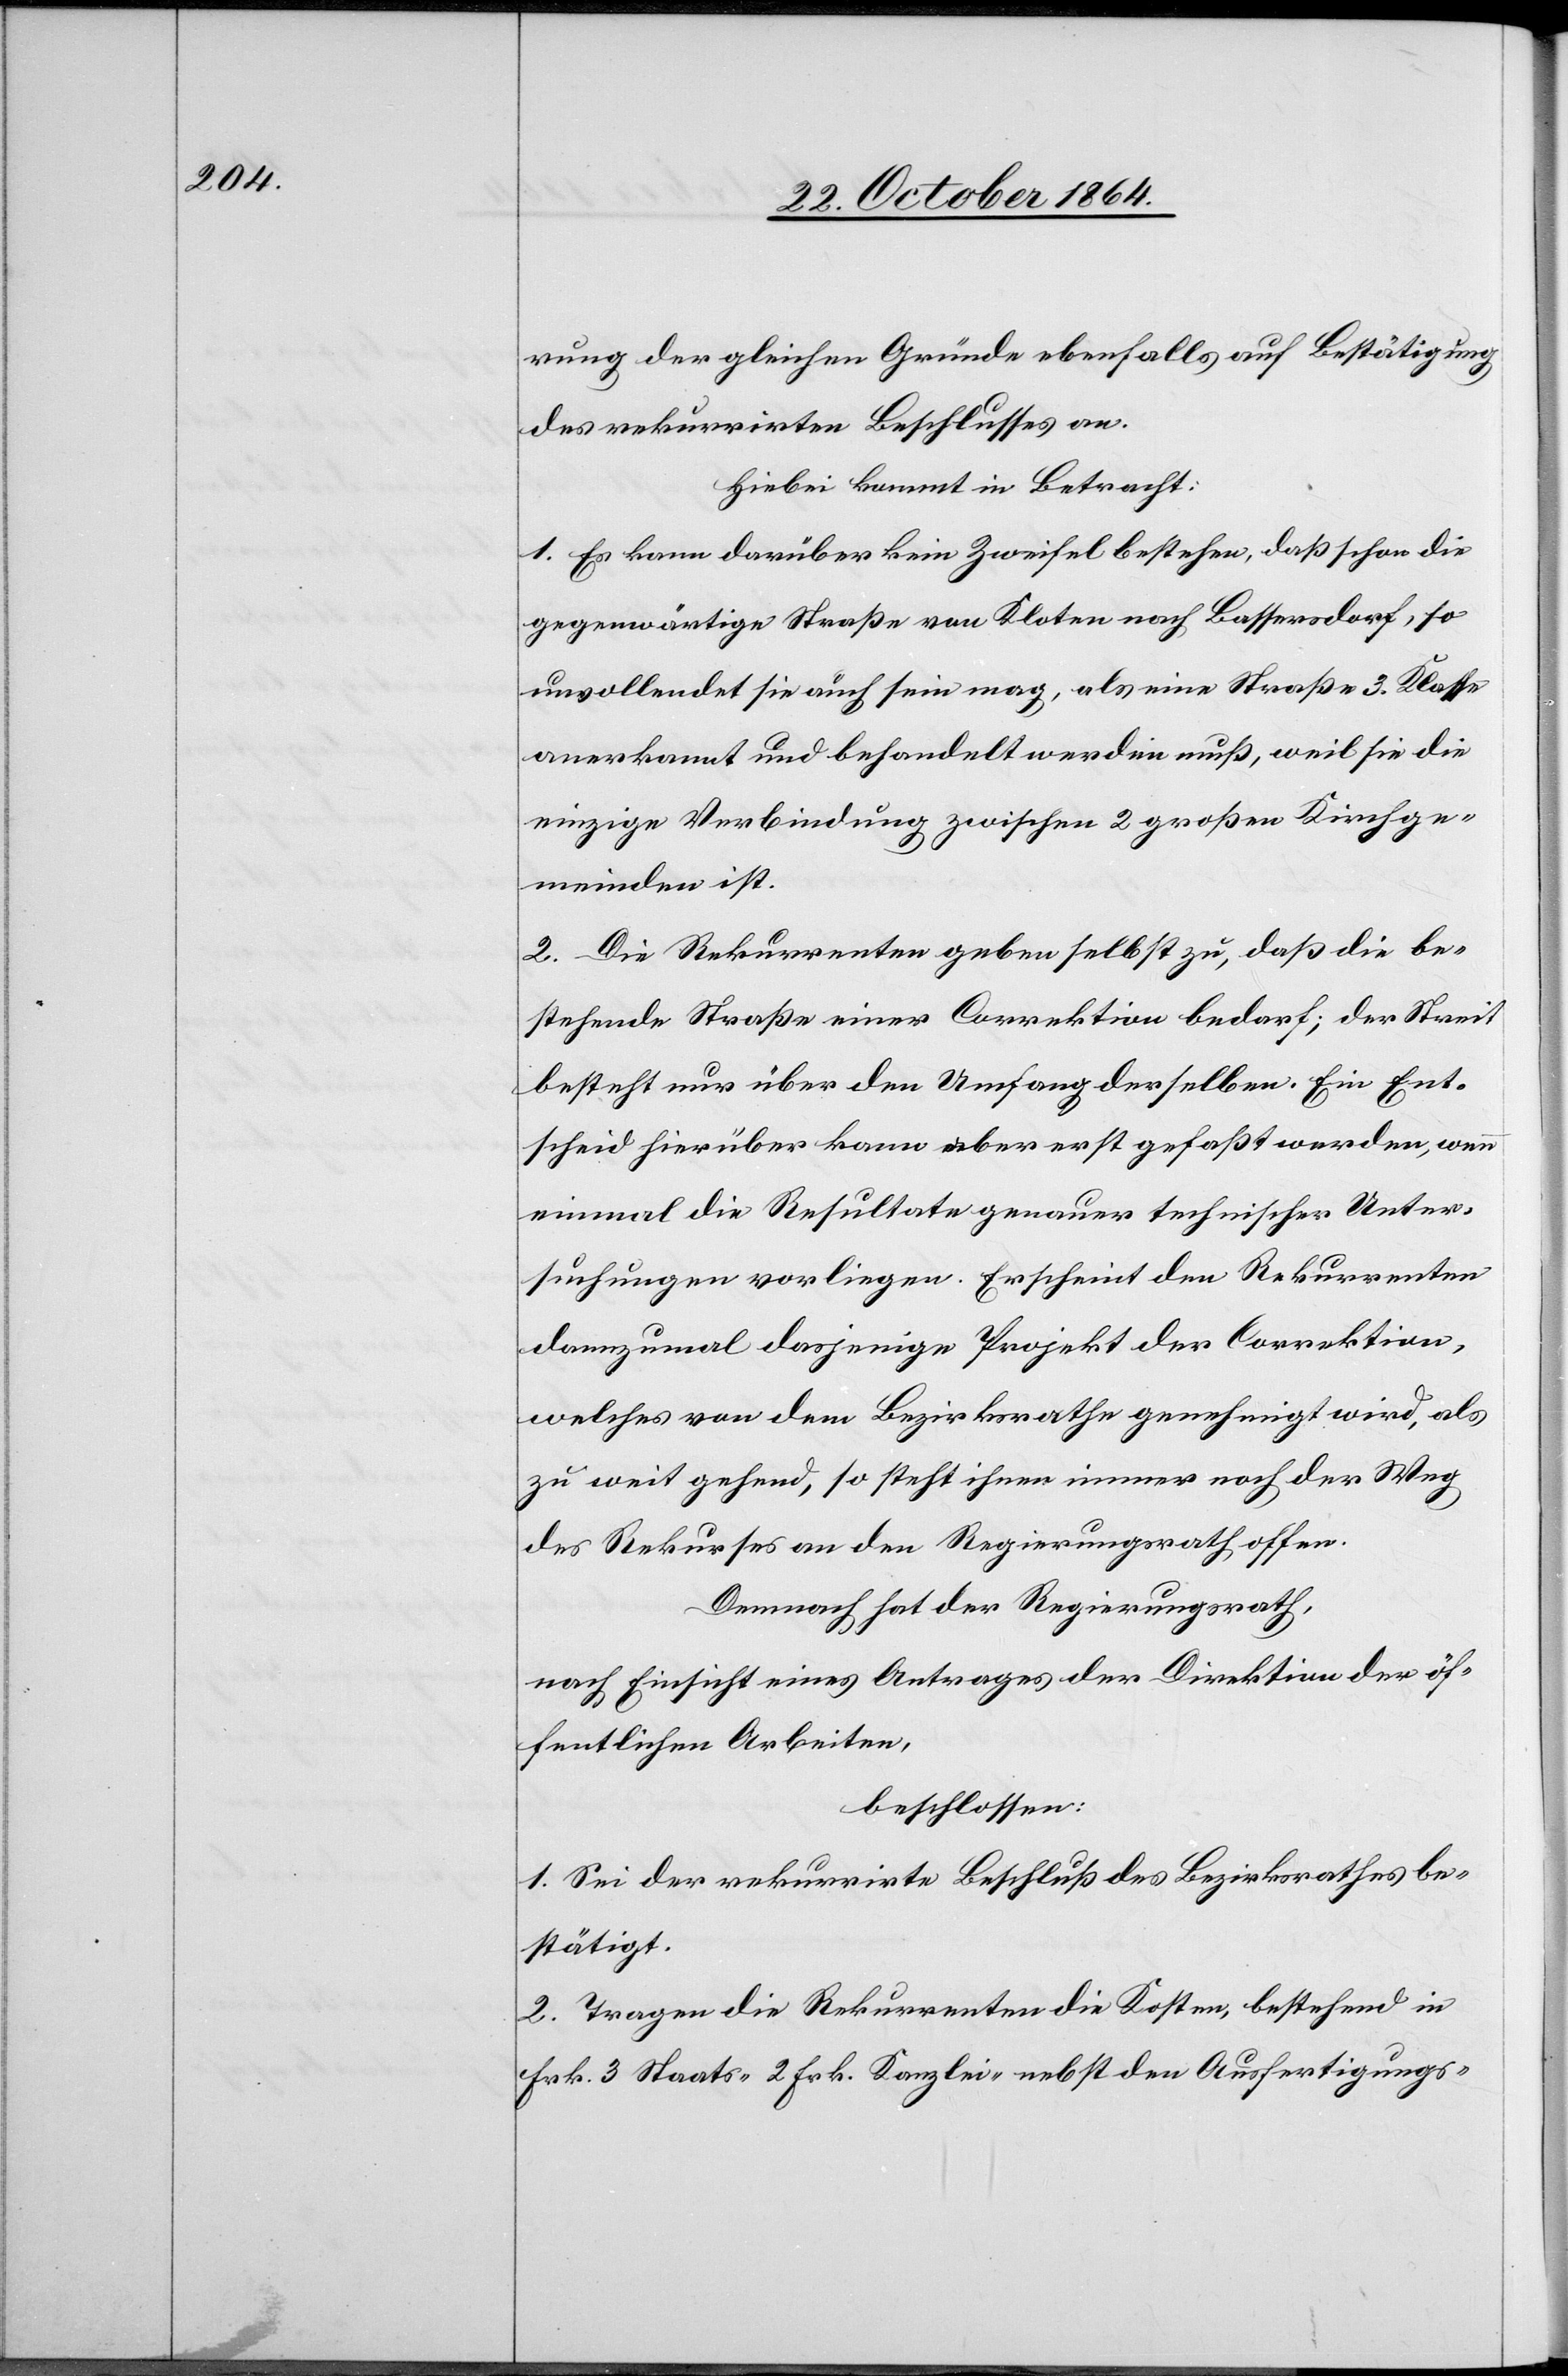
rung der gleichen Gründe ebenfalls auf Bestätigung
des rekurrirten Beschlusses an.
Hiebei kommt in Betracht:
1. Es kann darüber kein Zweifel bestehen, daß schon die
gegenwärtige Straße von Kloten nach Bassersdorf, so
unvollendet sie auch sein mag, als eine Straße 3. Klasse
anerkannt und behandelt werden muß, weil sie die
einzige Verbindung zwischen 2 großen Kirchge¬
meinden ist.
2. Die Rekurrenten geben selbst zu, daß die be¬
stehende Straße einer Correktion bedarf; der Streit
besteht nur über den Umfang derselben. Ein Ent¬
scheid hierüber kann aber erst gefaßt werden, wenn
einmal die Resultate genauer technischer Unter¬
suchungen vorliegen. Erscheint den Rekurrenten
dannzumal dasjenige Projekt der Correktion,
welches von dem Bezirksrathe genehmigt wird, als
zu weit gehend, so steht ihnen immer noch der Weg
des Rekurses an den Regierungsrath offen.
Demnach hat der Regierungsrath,
nach Einsicht eines Antrages der Direktion der öf¬
fentlichen Arbeiten,
beschlossen:
1. Sei der rekurrirte Beschluß des Bezirksrathes be¬
stätigt.
2. Tragen die Rekurrenten die Kosten, bestehend in
Frk. 3 Staats- 2 Frk. Kanzlei- nebst den Ausfertigungs-